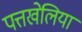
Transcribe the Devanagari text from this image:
पत्तखेलिया